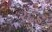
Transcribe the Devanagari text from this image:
रद्दड